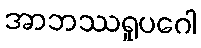
အာဘဿရူပဂေါ